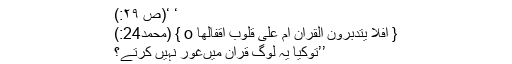
‘ ‘(صٓ ۲۹:)
{ اَفَلَا یَتَدَبَّرُوْنَ الْقُرْاٰنَ اَمْ عَلٰی قُلُوْبٍ اَقْفَالُھَا o } (محمد24:)
’’توکیا یہ لوگ قرآن میںغور نہیں کرتے؟